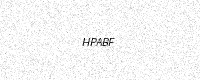
Text: HPABF